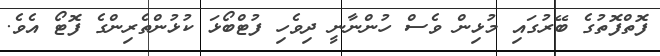
ފޮތްފޮތުގެ ބޭރުގައި މުޅިން ވެސް ހުންނާނީ ދިވެހި ފުޓްބޯޅަ ކުޅުންތެރިންގެ ފޮޓޯ އެވެ.